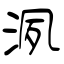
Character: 洬